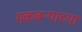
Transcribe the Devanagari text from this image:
मकबऱ्याच्या